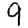
Digit: 9